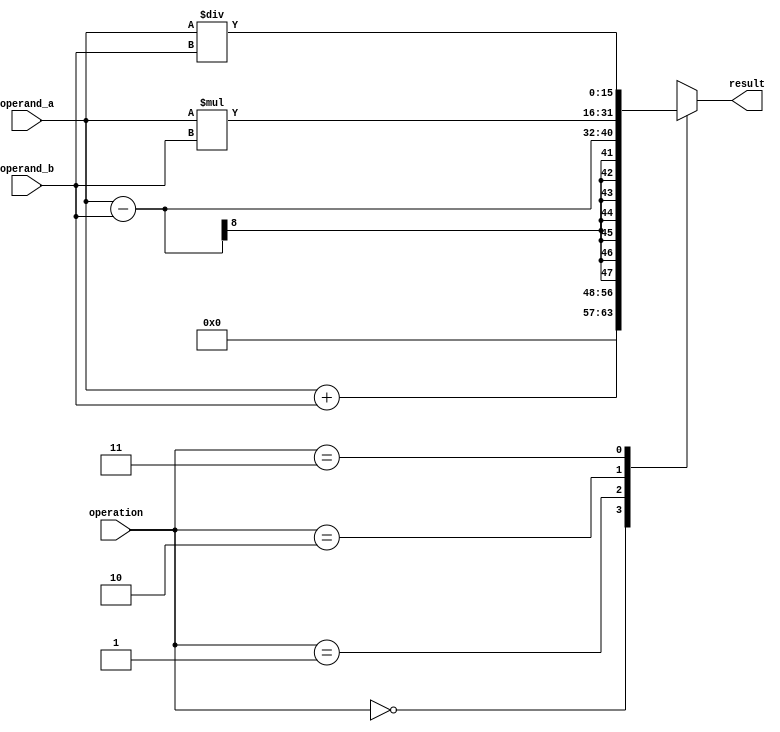
module fixed_point_unit(
    input wire [7:0] operand_a,
    input wire [7:0] operand_b,
    input wire [1:0] operation,
    output reg [15:0] result
);

always @(*)
begin
    case(operation)
        2'b00: result = operand_a + operand_b; // Addition
        2'b01: result = operand_a - operand_b; // Subtraction
        2'b10: result = operand_a * operand_b; // Multiplication
        2'b11: result = operand_a / operand_b; // Division
    endcase
end

endmodule